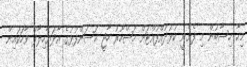
މިހާ ހިސާބުން މި ފެށެނީ ކުޅުދުއްފުއްޓަށް މަޝްހޫރު ހާޖީ ހަސަންފުޅުގެ އާދަޔާހިލާފު ވާހަކައިން